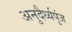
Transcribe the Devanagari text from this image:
अनुदैर्ध्यपुंज